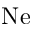
\mathrm { N e }